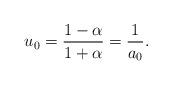
LaTeX: \begin{align*} u_0=\frac{1-\alpha}{1+\alpha}=\frac{1}{a_0}.\end{align*}